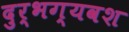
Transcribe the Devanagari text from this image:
दुर्भग्यवश